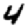
Digit: 4